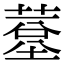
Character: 𦸧